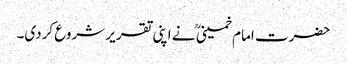
حضرت امام خمینی ؒ نے اپنی تقریر شروع کردی۔